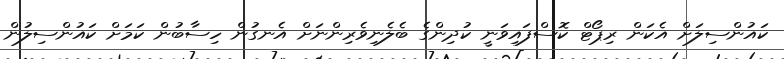
ކައުންސިލަށް އެކަން ރިޕޯޓް ކޮސްފައިވަނީ ކުދިންގެ ބެލެނިވެރިންނަށް އެނގުން ހިސާބުން ކަމަށް ކައުންސިލުން